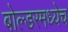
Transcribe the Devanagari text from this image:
बोल्डरमध्येच